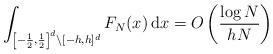
LaTeX: \begin{align*}\int_{\left[ - \frac{1}{2} , \frac{1}{2} \right]^d \backslash [-h,h]^d} F_N (x) \, \mathrm{d}x = O \left( \frac{\log N}{h N} \right)\end{align*}